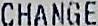
CHANGE